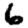
Digit: 6